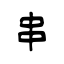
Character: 串